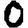
Digit: 0